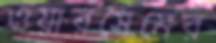
ওয়ারসেমের